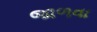
જાળવા